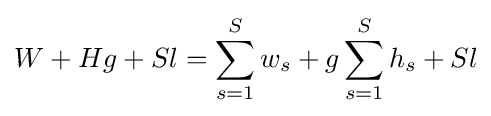
W+Hg+Sl=\sum _{s=1}^{S}w_{s}+g\sum _{s=1}^{S}h_{s}+Sl